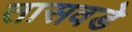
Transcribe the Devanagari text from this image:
तासवडे